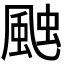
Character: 𮨩